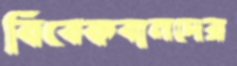
বিবেকবানদের